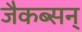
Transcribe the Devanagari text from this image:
जैकब्सन्